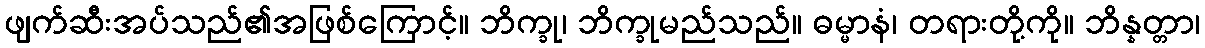
ဖျက်ဆီးအပ်သည်၏အဖြစ်ကြောင့်။ ဘိက္ခု၊ ဘိက္ခုမည်သည်။ ဓမ္မာနံ၊ တရားတို့ကို။ ဘိန္နတ္တာ၊